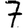
Digit: 7